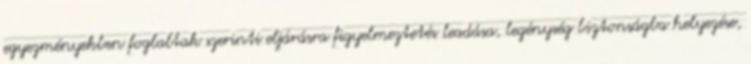
egyezményekben foglaltak szerinti eljárásra figyelmeztetés leadása, legénység biztonságba helyezése,